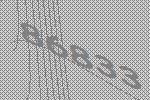
86833